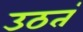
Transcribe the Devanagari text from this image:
उठतं